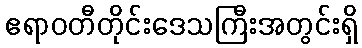
ဧရာဝတီတိုင်းဒေသကြီးအတွင်းရှိ